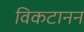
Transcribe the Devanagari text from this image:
विकटानन